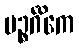
ပဉ္စင်္ဂိကေ